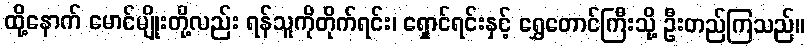
ထို့နောက် မောင်မျိုးတို့လည်း ရန်သူကိုတိုက်ရင်း၊ ရှောင်ရင်းနှင့် ရွှေတောင်ကြီးသို့ ဦးတည်ကြသည်။